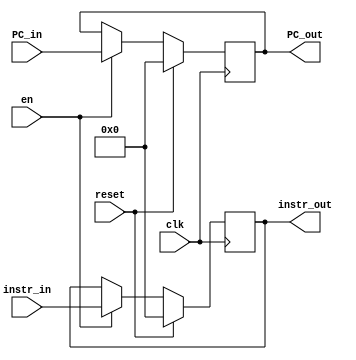
module D_REG (
    input clk,
    input reset,
    input en,
    input [31:0] instr_in,
    input [31:0] PC_in,

    output reg [31:0] instr_out,
    output reg [31:0] PC_out
);

    always @(posedge clk) begin
        if(reset) begin
            instr_out <= 0;
            PC_out <= 0;
        end
        else if(en) begin
            instr_out <= instr_in;
            PC_out <= PC_in;
        end 
        else begin
            instr_out <= instr_out;
            PC_out <= PC_out;
        end
    end    
endmodule